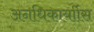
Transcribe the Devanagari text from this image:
अनधिकार्याीस